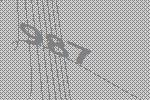
987